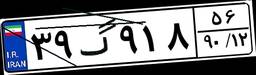
۳۹گ۹۱۸۵۶